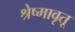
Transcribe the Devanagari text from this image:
श्रेष्मावृतू